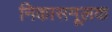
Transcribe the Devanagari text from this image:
निकासमूलक